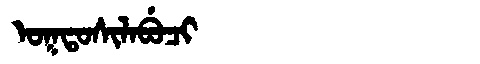
Manchu: ᠣᡴᡨᠣᠰᡳᠯᠠᠪᡠᠴᡳ
Romanization: OKTOSILABUCI